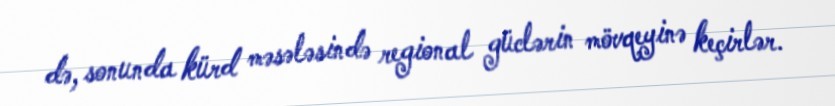
də, sonunda kürd məsələsində regional güclərin mövqeyinə keçirlər.